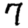
Digit: 7